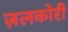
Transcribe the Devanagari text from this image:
ज़लकोरी